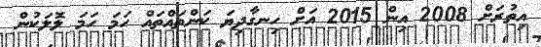
އިތުރަށް 2008 އިން 2015 އަށް ހިނގާދިޔަ ކަންތައްތައް ހަމަ ހަމަ ލޮލަކުން